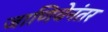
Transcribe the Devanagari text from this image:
जाणिवेनंतर